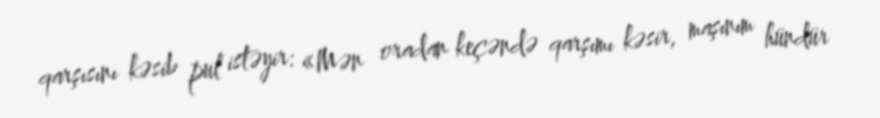
qarşısını kəsib pul istəyir: «Mən oradan keçəndə qarşımı kəsir, maşınım hündür